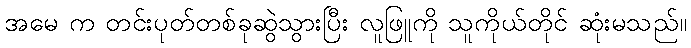
အမေ က တင်းပုတ်တစ်ခုဆွဲသွားပြီး လူဖြူကို သူကိုယ်တိုင် ဆုံးမသည်။